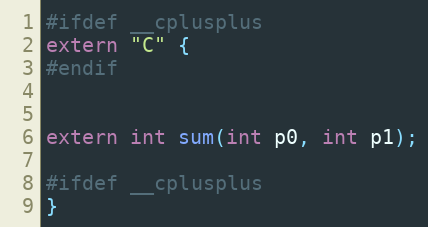
Language: C
#ifdef __cplusplus
extern "C" {
#endif

extern int sum(int p0, int p1);

#ifdef __cplusplus
}